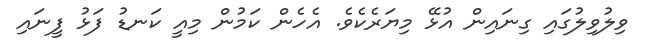
ވިލުވިލުގައި ގިނައިން އުޅޭ މިޔަރެކެވެ. އެހެން ކަމުން މިއީ ކަނޑު ފަޅު ފީނައި